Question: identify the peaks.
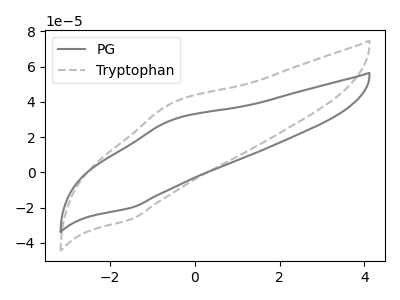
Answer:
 <answer>The gray curve "PG" has an anodic peak at (-0.55V, 29.60uA) and a cathodic peak at (-1.50V, -20.00uA). The gray dashed curve "Tryptophan" has an anodic peak at (-0.55V, 39.15uA) and a cathodic peak at (-1.50V, -26.50uA).</answer>
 <eval></eval>